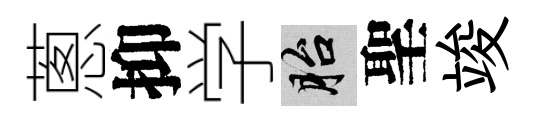
蔥抑学胎聖竣